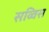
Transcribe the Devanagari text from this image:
सव्विस